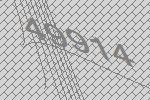
49914